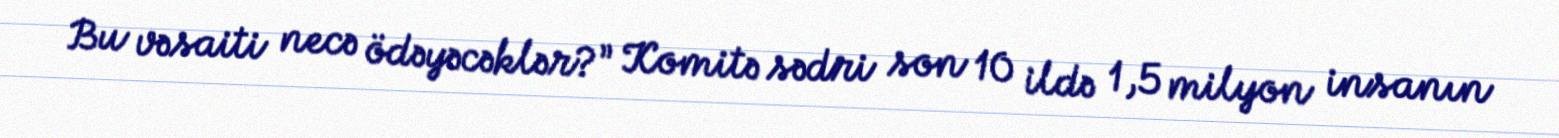
Bu vəsaiti necə ödəyəcəklər?” Komitə sədri son 10 ildə 1,5 milyon insanın